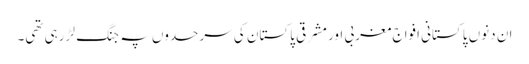
ان دنوں پاکستانی افواج مغربی اور مشرقی پاکستان کی سرحدوں پہ جنگ لڑ رہی تھی۔